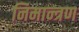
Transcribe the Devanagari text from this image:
निमान्त्रण